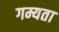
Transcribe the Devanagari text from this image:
गम्यता